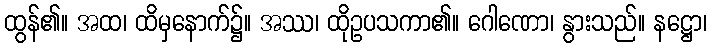
ထွန်၏။ အထ၊ ထိမှနောက်၌။ အဿ၊ ထိုဥပသကာ၏။ ဂေါဏော၊ နွားသည်။ နဋ္ဌော၊